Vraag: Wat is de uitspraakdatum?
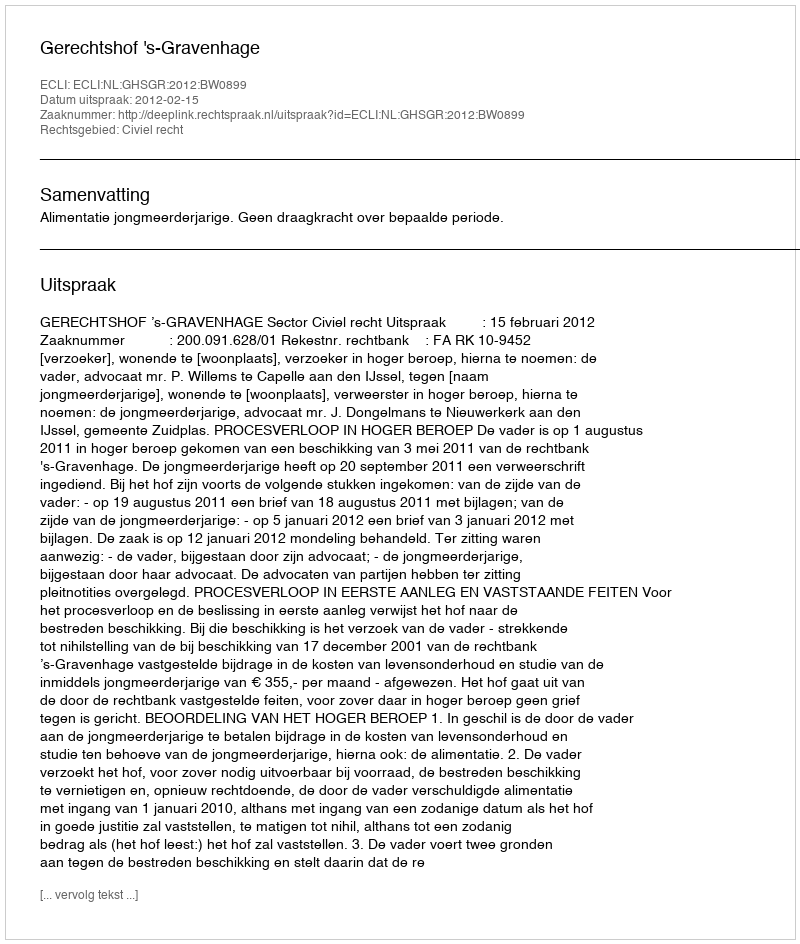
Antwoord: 2012-02-15